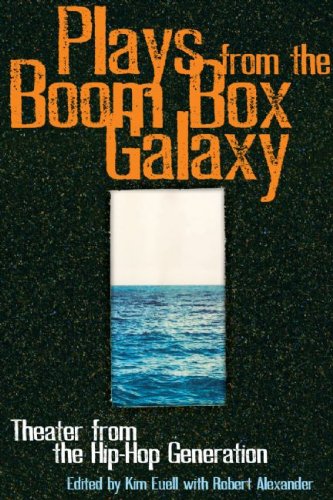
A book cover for Plays From the Boom Box Galaxy: Theater from the Hip Hop Generation; Literature & Fiction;